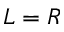
L = R